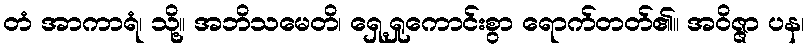
တံ အာကာရံ၊ သို့။ အဘိသမေတိ၊ ရှေ့ရှုကောင်းစွာ ရောက်တတ်၏။ အဝိဇ္ဇာ ပန၊